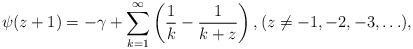
LaTeX: \begin{align*}\psi(z+1)=-\gamma+\sum_{k=1}^{\infty}\left(\frac 1k-\frac{1}{k+z}\right),(z\neq -1,-2,-3,\ldots),\end{align*}